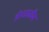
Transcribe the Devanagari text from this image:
ईस्टममैन